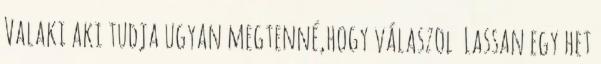
Valaki aki tudja ugyan megtenné,hogy válaszol Lassan egy het